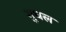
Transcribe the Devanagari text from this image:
गुघल